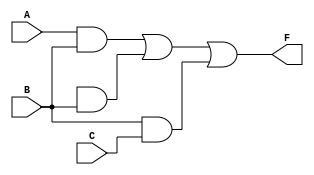
module mypro(A,B,C,F);
input A,B,C;
output F;
wire W1,W2,W3,W4;

and(W1,A,B);
not(w2,A);
and(W3,W2,B);
and(W4,B,C);
or(F,W1,W3,W4);

endmodule